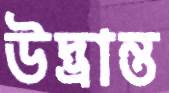
উদ্‌ভ্রান্ত